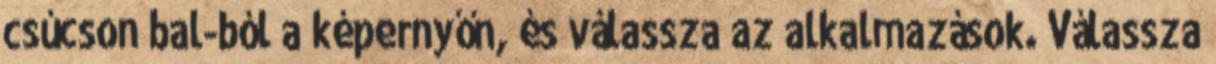
csúcson bal-ból a képernyőn, és válassza az alkalmazások. Válassza